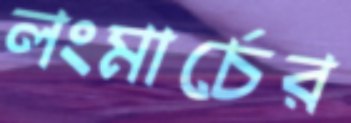
লংমার্চের